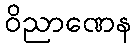
ဝိညာဏေန